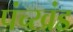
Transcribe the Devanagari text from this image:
पंच्खंड